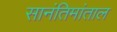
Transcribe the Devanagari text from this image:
सानंतिमांताल